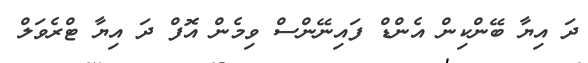
ދަ އިޔާ ބޭންކިން އެންޑް ފައިނޭންސް ވިމެން އޮފް ދަ އިޔާ ޓްރެވަލް